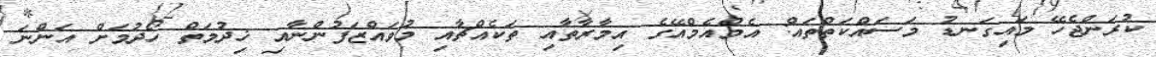
ކުރަންޖެހޭ މައިގަނޑު މަސައްކަތްތައް: އެމްއެމްއޭގެ އިމާރާތާއި ތަކެއްޗާއި މުވައްޒަފުންނާއި ޚިދުމަތް ހޯދުމަށް އަންނަ